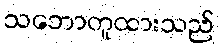
သဘောတူထားသည်